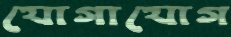
যোগাযোগ